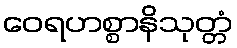
ဝေရဟစ္စာနိသုတ္တံ